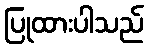
ပြုထားပါသည်